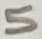
Text: 5